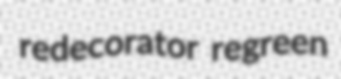
redecorator regreen